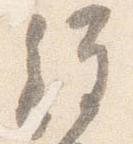
経